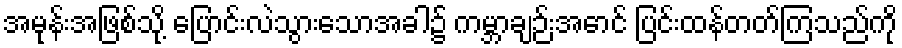
အမုန်းအဖြစ်သို့ ပြောင်းလဲသွားသောအခါ၌ ကမ္ဘာချဉ်းအောင် ပြင်းထန်တတ်ကြသည်ကို